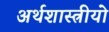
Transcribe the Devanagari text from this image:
अर्थशास्त्रीयो